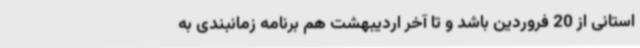
استانی از 20 فروردین باشد و تا آخر اردیبهشت هم برنامه زمانبندی به